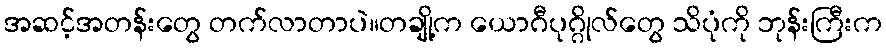
အဆင့်အတန်းတွေ တက်လာတာပဲ။တချို့က ယောဂီပုဂ္ဂိုလ်တွေ သိပုံကို ဘုန်းကြီးက